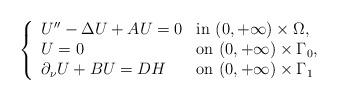
LaTeX: \begin{align*}\left\lbrace\begin{array}{ll} U''-\Delta U+ AU=0& \hbox{in } (0, +\infty)\times \Omega, \\U= 0& \hbox{on } (0, +\infty)\times \Gamma_0,\\\partial_\nu U+BU = DH& \hbox{on } (0, +\infty)\times\Gamma_1\end{array}\right.\end{align*}